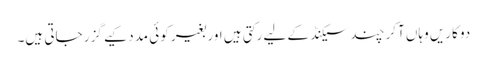
دو کاریں وہاں آکر چند سیکنڈ کے لیے رکتی ہیں اور بغیر کوئی مدد کیے گزر جاتی ہیں۔